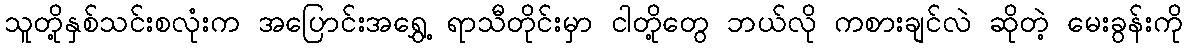
သူတို့နှစ်သင်းစလုံးက အပြောင်းအရွှေ့ ရာသီတိုင်းမှာ ငါတို့တွေ ဘယ်လို ကစားချင်လဲ ဆိုတဲ့ မေးခွန်းကို